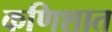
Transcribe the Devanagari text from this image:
कणिशात